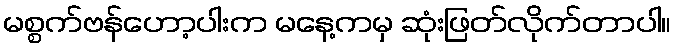
မစ္စက်ဗန်ဟော့ပါးက မနေ့ကမှ ဆုံးဖြတ်လိုက်တာပါ။